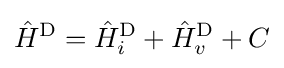
{\hat {H}}^{\rm {D}}={\hat {H}}_{i}^{\rm {D}}+{\hat {H}}_{v}^{\rm {D}}+C